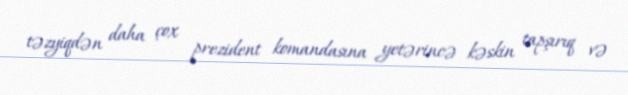
təzyiqdən daha çox prezident komandasına yetərincə kəskin tapşırıq və